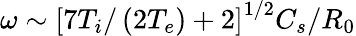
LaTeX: \omega\sim\left[7T_{i}/\left(2T_{e}\right)+2\right]^{1/2}C_{s}/R_{0}